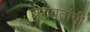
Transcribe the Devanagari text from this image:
यशंवतांनी